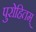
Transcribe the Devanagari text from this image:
पुरोहितम्